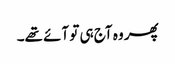
پھر وہ آج ہی تو آئے تھے۔